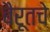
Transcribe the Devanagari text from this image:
बैरूतचे